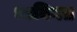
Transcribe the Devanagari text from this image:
ध्वनिगत